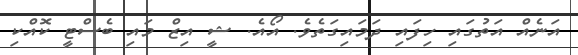
އަނެއް އަތުގައި ހިފައި ދަމައިގަތެވެ. އޯއެ. ޝީ އިޒް މައި ބެސްޓީ ކޮއްކި